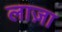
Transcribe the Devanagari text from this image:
लाज़ा